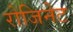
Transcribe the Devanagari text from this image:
रोजिनेट